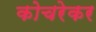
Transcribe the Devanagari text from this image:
कोचरेकर